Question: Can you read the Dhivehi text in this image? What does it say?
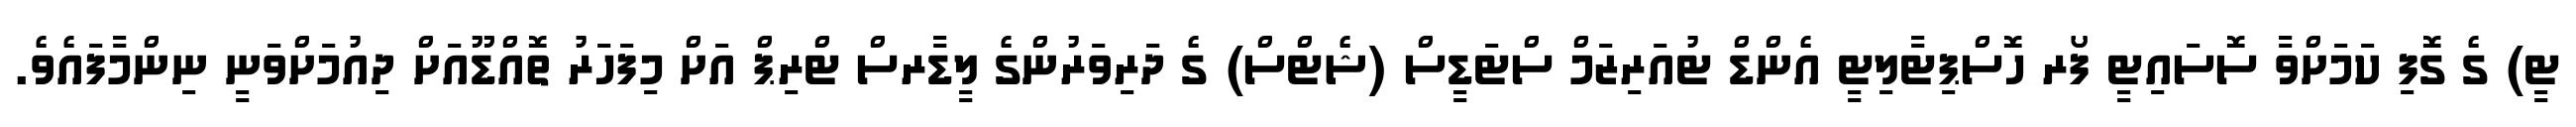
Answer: ޓީ) ގެ ގޮފި ކަމަށްވާ ސޮސައިޓީ ފޯރ ހޮސްޕިޓާލިޓީ އެންޑް ޓުއަރިޒަމް ސްޓަޑީސް (ޝެޓްސް) ގެ ދަރިވަރުންގެ ލީޑާރސް ޓްރިޕް އަށް މިފަހަރު ތޮއްޑޫއަށް ދިއުމަށްވަނީ ނިންމާފައެވެ.